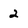
Character: 2